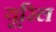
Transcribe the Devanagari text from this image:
यूरिल